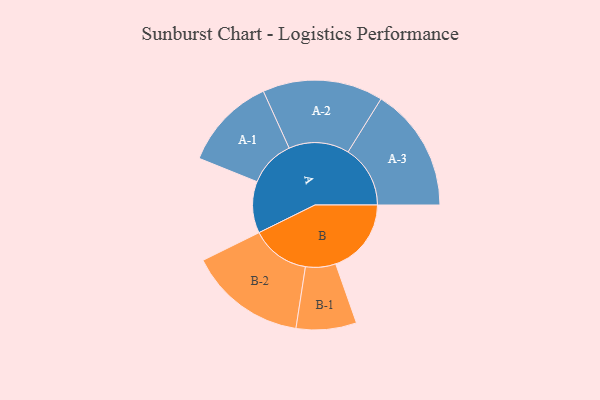
{"axis": {"x": "Segment", "y": "Value"}, "legend": ["", "A", "B"], "data": [{"x": "A", "y": 243, "type": ""}, {"x": "B", "y": 356, "type": ""}, {"x": "A-1", "y": 220, "type": "A"}, {"x": "A-2", "y": 284, "type": "A"}, {"x": "A-3", "y": 293, "type": "A"}, {"x": "B-1", "y": 142, "type": "B"}, {"x": "B-2", "y": 277, "type": "B"}]}